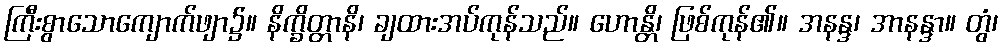
ကြီးစွာသောကျောက်ဖျာ၌။ နိက္ခိတ္တာနိ၊ ချထားအပ်ကုန်သည်။ ဟောန္တိ၊ ဖြစ်ကုန်၏။ အနန္ဒ၊ အာနန္ဒာ။ တွံ၊